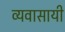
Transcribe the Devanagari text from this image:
व्यवासायी